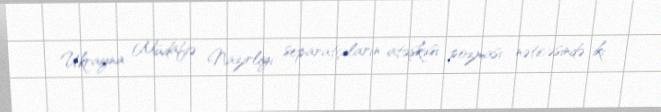
Ukrayna Müdafiə Nazirliyi separatçıların atəşkəsi pozması nəticəsində iki